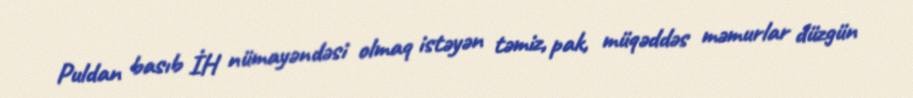
Puldan basıb İH nümayəndəsi olmaq istəyən təmiz, pak, müqəddəs məmurlar düzgün